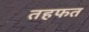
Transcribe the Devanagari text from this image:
तहफत